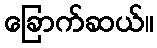
ခြောက်ဆယ်။